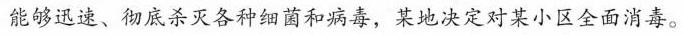
能够迅速、彻底杀灭各种细菌和病毒，某地决定对某小区全面消毒。